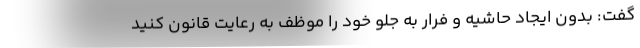
گفت: بدون ایجاد حاشیه و فرار به جلو خود را موظف به رعایت قانون کنید